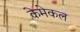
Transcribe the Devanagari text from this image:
केमेकल